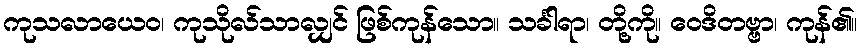
ကုသလာယေဝ၊ ကုသိုလ်သာလျှင် ဖြစ်ကုန်သော။ သင်္ခါရာ၊ တို့ကို။ ဝေဒိတဗ္ဗာ၊ ကုန်၏။